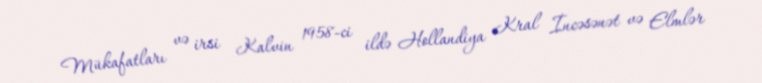
Mükafatları və irsi Kalvin 1958-ci ildə Hollandiya Kral İncəsənət və Elmlər